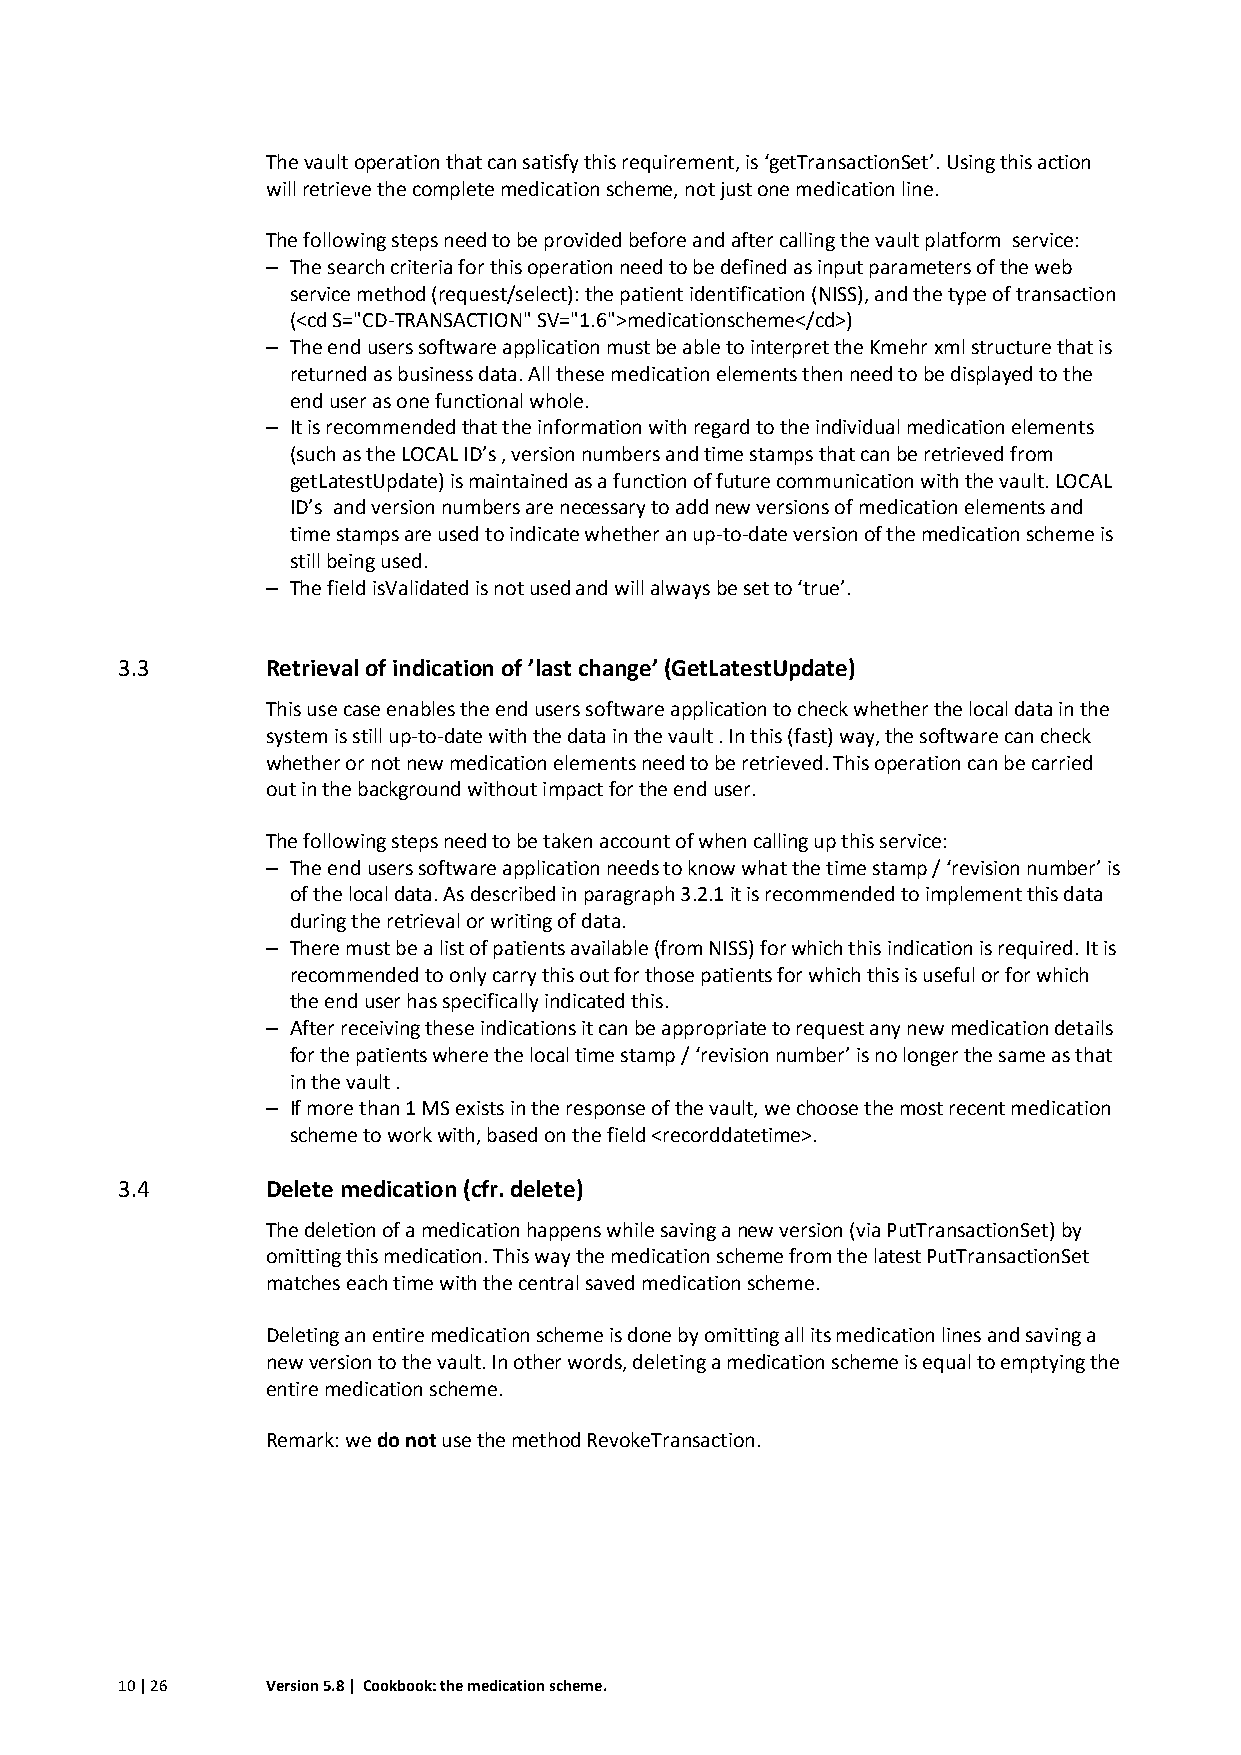
The vault operation that can satisfy this requirement, is ‘getTransactionSet’. Using this action
 will retrieve the complete medication scheme, not just one medication line.
 The following steps need to be provided before and after calling the vault platform service:
 – The search criteria for this operation need to be defined as input parameters of the web
 service method (request/select): the patient identification (NISS), and the type of transaction
 (<cd S="CD-TRANSACTION" SV="1.6">medicationscheme</cd>)
 – The end users software application must be able to interpret the Kmehr xml structure that is
 returned as business data. All these medication elements then need to be displayed to the
 end user as one functional whole.
 – It is recommended that the information with regard to the individual medication elements
 (such as the LOCAL ID’s , version numbers and time stamps that can be retrieved from
 getLatestUpdate) is maintained as a function of future communication with the vault. LOCAL
 ID’s and version numbers are necessary to add new versions of medication elements and
 time stamps are used to indicate whether an up-to-date version of the medication scheme is
 still being used.
 – The field isValidated is not used and will always be set to ‘true’.
 3.3       Retrieval of indication of ’last change’ (GetLatestUpdate)
 This use case enables the end users software application to check whether the local data in the
 system is still up-to-date with the data in the vault . In this (fast) way, the software can check
 whether or not new medication elements need to be retrieved. This operation can be carried
 out in the background without impact for the end user.
 The following steps need to be taken account of when calling up this service:
 – The end users software application needs to know what the time stamp / ‘revision number’ is
 of the local data. As described in paragraph 3.2.1 it is recommended to implement this data
 during the retrieval or writing of data.
 – There must be a list of patients available (from NISS) for which this indication is required. It is
 recommended to only carry this out for those patients for which this is useful or for which
 the end user has specifically indicated this.
 – After receiving these indications it can be appropriate to request any new medication details
 for the patients where the local time stamp / ‘revision number’ is no longer the same as that
 in the vault .
 – If more than 1 MS exists in the response of the vault, we choose the most recent medication
 scheme to work with, based on the field <recorddatetime>.
 3.4       Delete medication (cfr. delete)
 The deletion of a medication happens while saving a new version (via PutTransactionSet) by
 omitting this medication. This way the medication scheme from the latest PutTransactionSet
 matches each time with the central saved medication scheme.
 Deleting an entire medication scheme is done by omitting all its medication lines and saving a
 new version to the vault. In other words, deleting a medication scheme is equal to emptying the
 entire medication scheme.
 Remark: we do not use the method RevokeTransaction.
 10 | 26   Version 5.8 | Cookbook: the medication scheme.